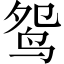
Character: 鸳